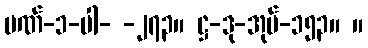
ပဏ်-၁-ပါ- -၂၇၃။ ဋ္ဌ-ဒု-အုပ်-၁၅၃။ ။